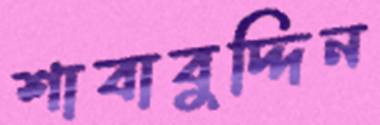
শাবাবুদ্দিন